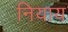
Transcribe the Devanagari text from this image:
नियाय